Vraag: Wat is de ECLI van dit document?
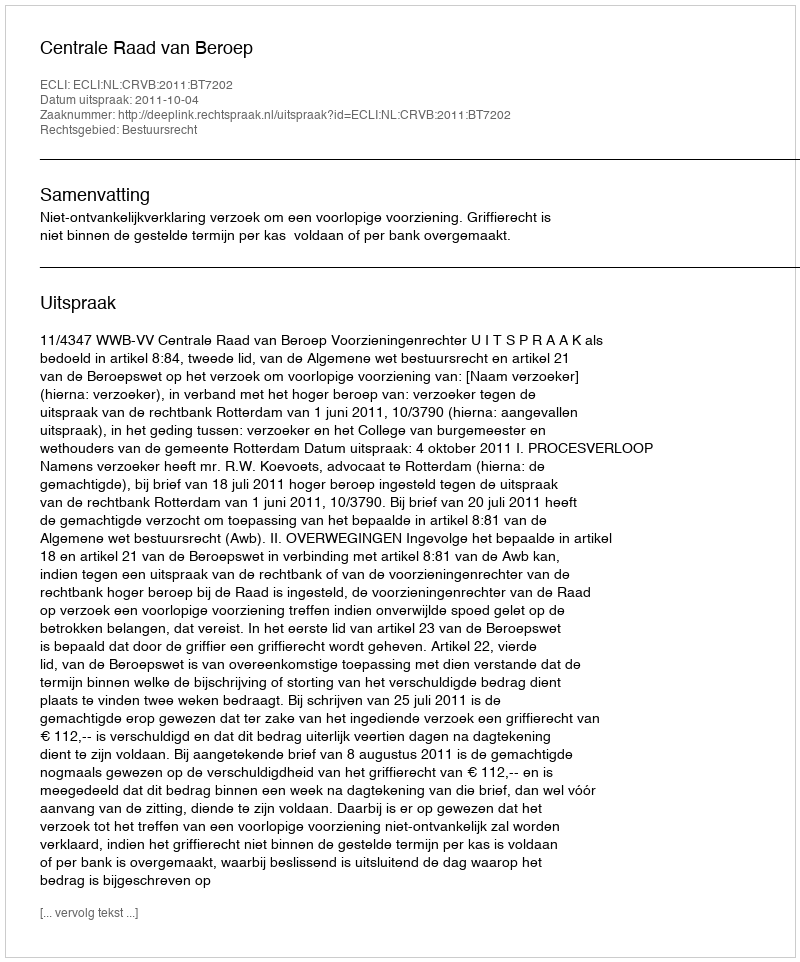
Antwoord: ECLI:NL:CRVB:2011:BT7202